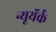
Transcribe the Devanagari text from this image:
न्यूयॅर्क